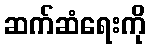
ဆက်ဆံရေးကို